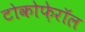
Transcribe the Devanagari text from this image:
टोकोफ़ेरॉल